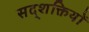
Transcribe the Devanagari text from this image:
सद्शक्तियों